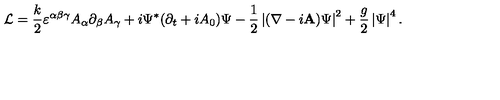
{ \cal L } = { \frac { k } { 2 } } \varepsilon ^ { \alpha \beta \gamma } A _ { \alpha } \partial _ { \beta } A _ { \gamma } + i \Psi ^ { \ast } ( \partial _ { t } + i A _ { 0 } ) \Psi - { \frac { 1 } { 2 } } \left| ( \nabla - i { \bf A } ) \Psi \right| ^ { 2 } + { \frac { g } { 2 } } \left| \Psi \right| ^ { 4 } .